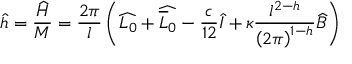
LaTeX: \widehat { h } = \displaystyle \frac { \widehat { H } } { { \cal M } } = \displaystyle \frac { 2 \pi } { l } \left( \widehat { L _ { 0 } } + \widehat { \overline { { { L } } } _ { 0 } } - \displaystyle \frac { c } { 1 2 } \widehat { I } + \kappa \displaystyle \frac { l ^ { 2 - h } } { \left( 2 \pi \right) ^ { 1 - h } } \widehat { B } \right)